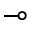
\multimap